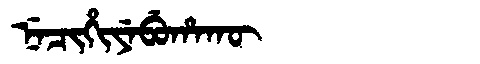
Manchu: ᠨᡝᠴᡳᡥᡳᠶᡝᠪᡠᡥᠠᡴᡡ
Romanization: NECIHIYEBUHAKŪ